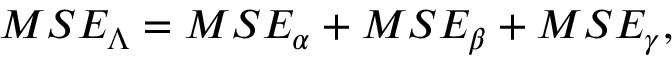
M S E _ { \boldsymbol { \Lambda } } = M S E _ { \alpha } + M S E _ { \beta } + M S E _ { \gamma } ,